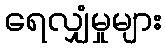
ရေလျှံမှုများ